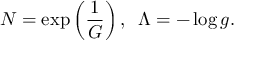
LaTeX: N = \exp \left( \frac { 1 } { G } \right) , \, \, \, \Lambda = - \log g .